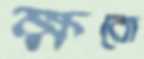
ক্ষবো